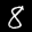
Label: 8